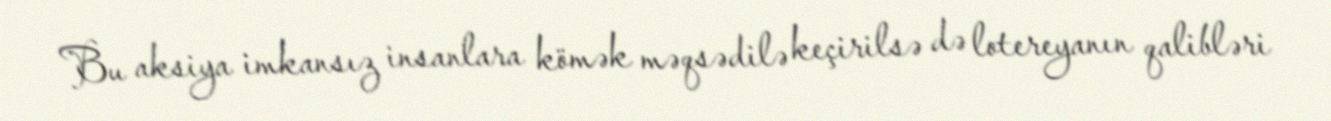
Bu aksiya imkansız insanlara kömək məqsədilə keçirilsə də lotereyanın qalibləri